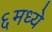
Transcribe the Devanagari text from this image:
६मध्ये